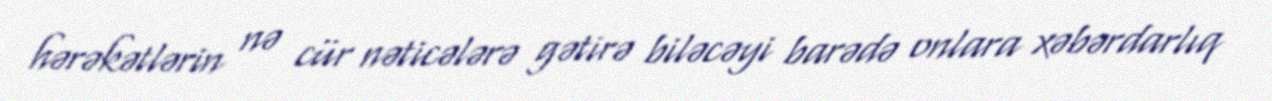
hərəkətlərin nə cür nəticələrə gətirə biləcəyi barədə onlara xəbərdarlıq